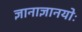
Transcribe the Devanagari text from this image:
ज्ञानाज्ञानयोः